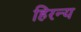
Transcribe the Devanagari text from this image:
हिरन्य